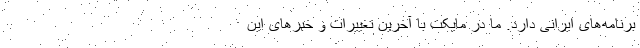
برنامه‌های ایرانی دارد. ما در مایکت با آخرین تغییرات و خبرهای این